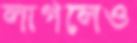
লাগলেও